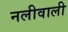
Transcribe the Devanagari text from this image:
नलीवाली